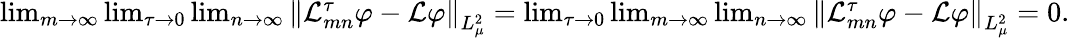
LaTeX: \begin{array}{r}{\operatorname*{lim}_{m\to\infty}\operatorname*{lim}_{\tau\to 0}\operatorname*{lim}_{n\to\infty}\left\| \mathcal{L}_{mn}^{\tau}\varphi-\mathcal{L}\varphi\right\| _{L_{\mu}^{2}}=\operatorname*{lim}_{\tau\to 0}\operatorname*{lim}_{m\to\infty}\operatorname*{lim}_{n\to\infty}\left\| \mathcal{L}_{mn}^{\tau}\varphi-\mathcal{L}\varphi\right\| _{L_{\mu}^{2}}=0.}\end{array}